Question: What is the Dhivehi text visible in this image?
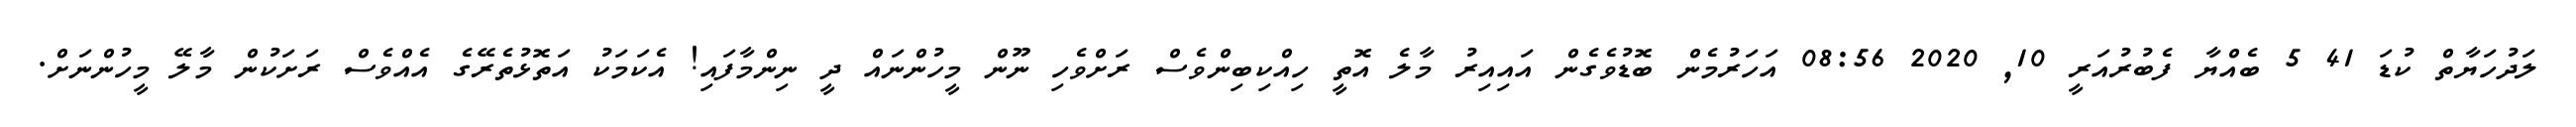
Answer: ލަދުހަޔާތް ކުޑަ 41 5 ބެއްޔާ ފެބުރުއަރީ 10, 2020 08:56 އަހަރުމެން ބޮޑުވެގެން އައިއިރު މާލެ އޮތީ ހިއްކިބިންވެސް ރަށްވެހި ނޫން މީހުންނައް ދީ ނިންމާފައި! އެކަމަކު އަތޮޅުތެރޭގެ އެއްވެސް ރަށަކުން މާލޭ މީހުންނަށް.